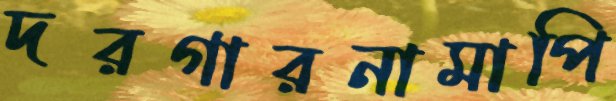
দরগারনামাপি